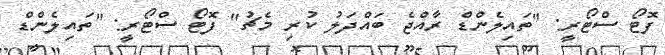
ފޮޓޯ ސްޓޯރީ: "ތައިލެންޑް ރާއްޖެ ބައްދަލު ކުރި މެޗު" ފޮޓޯ ސްޓޯރީ: "ތައިލެންޑް